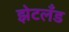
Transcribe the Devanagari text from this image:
झेटलँड